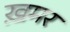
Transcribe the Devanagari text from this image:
ख़मर